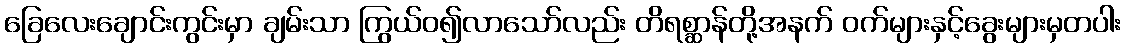
ခြေလေးချောင်းကွင်းမှာ ချမ်းသာ ကြွယ်ဝ၍လာသော်လည်း တိရစ္ဆာန်တို့အနက် ဝက်များနှင့်ခွေးများမှတပါး